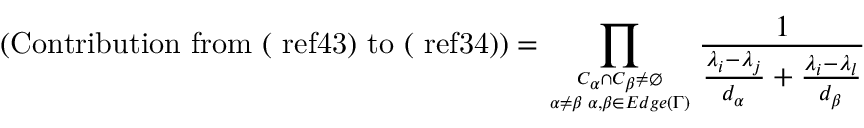
( \mathrm { C o n t r i b u t i o n ~ f r o m ~ ( \ r e f { 4 3 } ) ~ t o ~ ( \ r e f { 3 4 } ) } ) = \prod _ { { C _ { \alpha } \cap C _ { \beta } \neq \emptyset } \atop { \alpha \neq \beta \; \alpha , \beta \in E d g e ( \Gamma ) } } \frac { 1 } { \frac { \lambda _ { i } - \lambda _ { j } } { d _ { \alpha } } + \frac { \lambda _ { i } - \lambda _ { l } } { d _ { \beta } } }